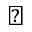
\triangleleft